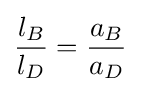
{l_{B} \over l_{D}}={a_{B} \over a_{D}}